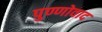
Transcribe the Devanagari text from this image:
पुण्णोवाद